Senior Leaving Certificate Examination (including Day School Certificate (Higher) General paper), 1950
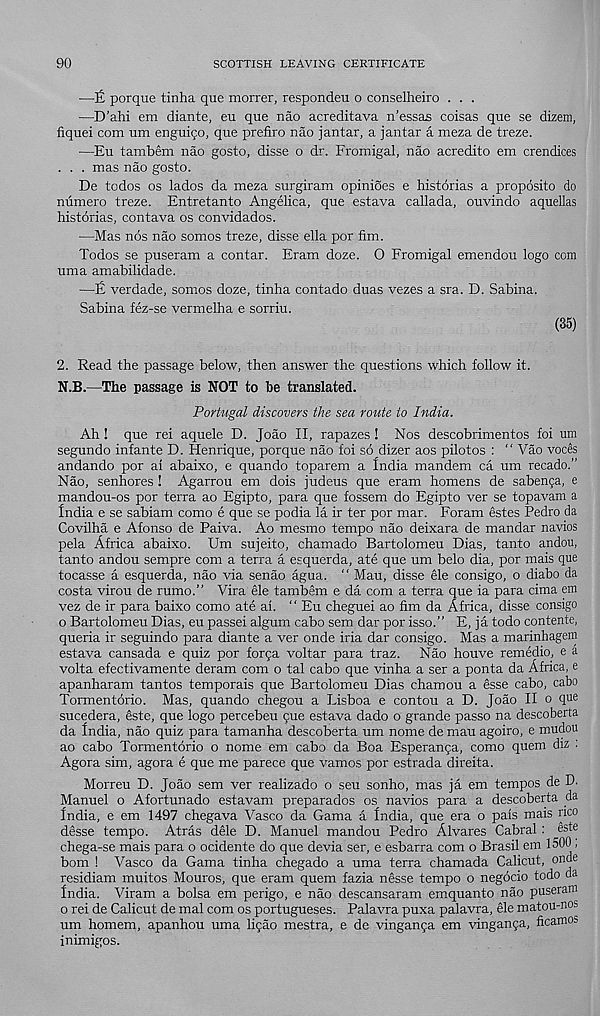
90
SCOTTISH LEAVING CERTIFICATE
•—]a porque tinha que morrer, respondeu o conselheiro . . .
—D’ahi em diante, eu que nao acreditava n’essas coisas que se dizem,
fiquei com um enguiqo, que prefiro nao jantar, a jantar a meza de treze.
—Eu tambem nao gosto, disse o dr. Fromigal, nao acredito em crendices
. . . mas nao gosto.
De todos os lados da meza surgiram opinioes e historias a proposito do
numero treze. Entretanto Angelica, que estava callada, ouvindo aquellas
historias, contava os convidados.
—Mas nos nao somos treze, disse ella por fim.
Todos se puseram a contar. Eram doze. O Fromigal emendou logo com
uma amabilidade.
—E verdade, somos doze, tinha contado duas vezes a sra. D. Sabina.
Sabina fez-se vermelha e sorriu.
(35)
2. Read the passage below, then answer the questions which follow it.
N.B.—The passage is NOT to be translated.
Portugal discovers the sea route to India.
Ah ! que rei aquele D. Joao II, rapazes ! Nos descobrimentos foi um
segundo infante D. Henrique, porque nao foi so dizer aos pilotos : “ Vao voces
andando por ai abaixo, e quando toparem a India mandem ca um recado.”
Nao, senhores ! Agarrou em dois judeus que eram homens de sabenga, e
mandou-os por terra ao Egipto, para que fossem do Egipto ver se topavam a
India e se sabiam como e que se podia la ir ter por mar. Foram estes Pedro da
Covilha e Afonso de Paiva. Ao mesmo tempo nao deixara de mandar navios
pela Africa abaixo. Um sujeito, chamado Bartolomeu Dias, tanto andou,
tanto andou sempre com a terra a esquerda, ate que um belo dia, por mais que
tocasse a esquerda, nao via senao agua. “ Mau, disse ele consigo, o diabo da
costa virou de rumo.” Vira ele tambem e da com a terra que ia para cima em
vez de ir para baixo como ate ai. “ Eu cheguei ao fim da Africa, disse consigo
o Bartolomeu Dias, eu passei algum cabo sem dar por isso.” E, ja todo contente,
queria ir seguindo para diante a ver onde iria dar consigo. Mas a marinhagem
estava cansada e quiz por forqa voltar para traz. Nao houve remedio, e a
volta efectivamente deram com o tal cabo que vinha a ser a ponta da Africa, e
apanharam tantos temporais que Bartolomeu Dias chamou a esse cabo, cabo
Tormentorio. Mas, quando chegou a Lisboa e contou a D. Joao II o que
sucedera, este, que logo percebeu que estava dado o grande passo na descoberta
da India, nao quiz para tamanha descoberta um nome de mau agoiro, e mudou
ao cabo Tormentorio o nome em cabo da Boa Esperanqa, como quem diz :
Agora sim, agora e que me parece que vamos por estrada direita.
Morreu D. Joao sem ver realizado o seu sonho, mas ja em tempos de D.
Manuel o Afortunado estavam preparados os navios para a descoberta da
India, e em 1497 chegava Vasco da Gama a tndia, que era o pais mais rico
desse tempo. Atras dele D. Manuel mandou Pedro Alvares Cabral : este
chega-se mais para o ocidente do que devia ser, e esbarra com o Brasil em 1500 ,
bom ! Vasco da Gama tinha chegado a uma terra chamada Calicut, onde
residiam muitos Mouros, que eram quem fazia nesse tempo o negocio todo da
India. Viram a bolsa em perigo, e nao descansaram emquanto nao puseram
o rei de Calicut de mal com os portugueses. Palavra puxa palavra, ele matou-nos
um homem, apanhou uma liqao mestra, e de vinganqa em vinganqa, ficamos
inimigos.